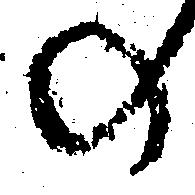
の